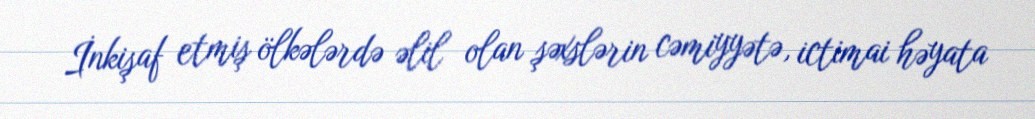
İnkişaf etmiş ölkələrdə əlil olan şəxslərin cəmiyyətə, ictimai həyata